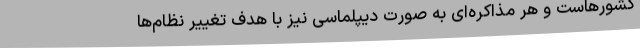
کشورهاست و هر مذاکره‌ای به صورت دیپلماسی نیز با هدف تغییر نظام‌ها